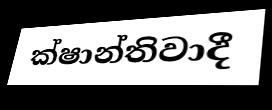
ක්ෂාන්තිවාදී